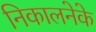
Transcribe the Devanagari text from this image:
निकालनेके